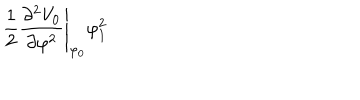
\left. \frac { 1 } { 2 } \frac { \partial ^ { 2 } V _ { 0 } } { \partial \varphi ^ { 2 } } \right| _ { \varphi _ { 0 } } \varphi _ { 1 } ^ { 2 }